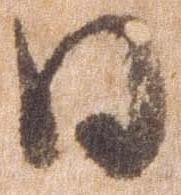
日